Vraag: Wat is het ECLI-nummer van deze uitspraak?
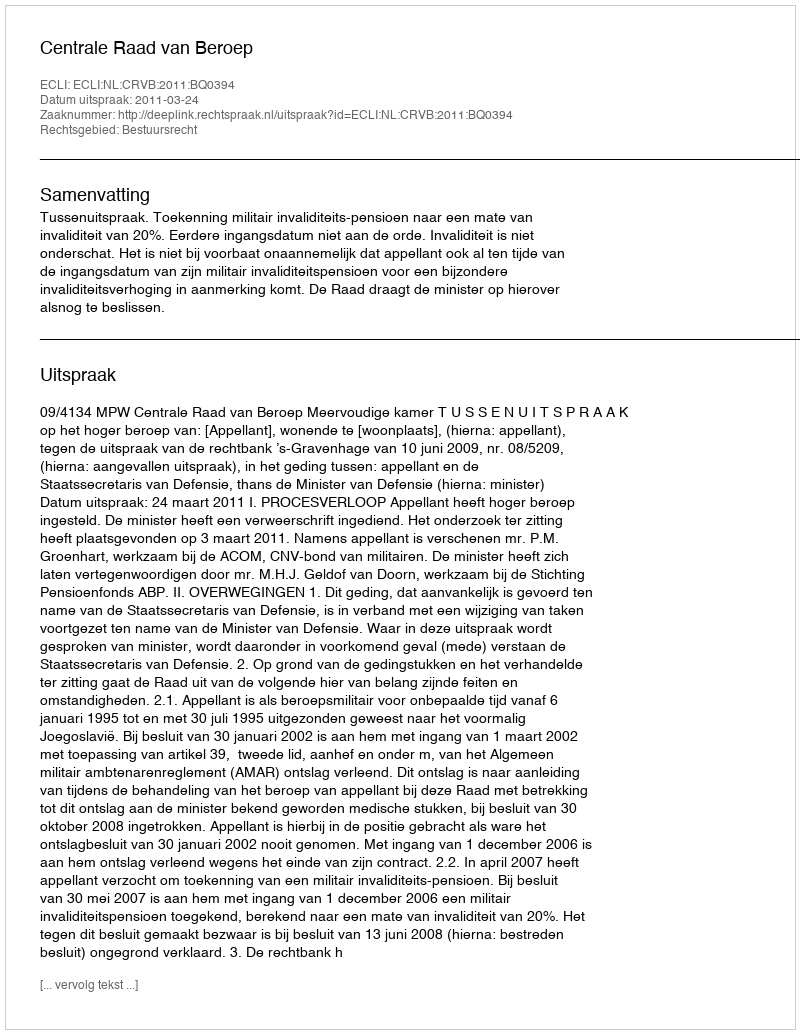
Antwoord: ECLI:NL:CRVB:2011:BQ0394